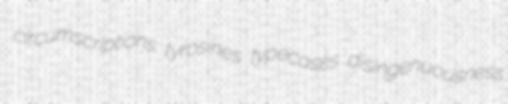
circumscriptions tyrosines typecases disingenuousness